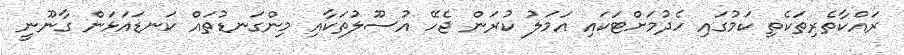
ރައްކާތެރިތަކެތި ކަމުގައި ހެދުމަށްޓަކައި އަމަލު ކުރަން ޖެހޭ އުސޫލުތަކާއި މިންގަނޑުތައް ކަނޑައަޅަން ގާނޫނީ